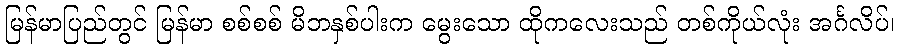
မြန်မာပြည်တွင် မြန်မာ စစ်စစ် မိဘနှစ်ပါးက မွေးသော ထိုကလေးသည် တစ်ကိုယ်လုံး အင်္ဂလိပ်၊